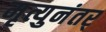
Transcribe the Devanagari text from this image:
मृत्युनंतर्